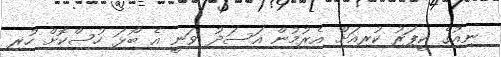
ނިއުގެ ކީޕަރު ކުރިއަށް އެރުމުން އަސަދު ވަނީ އެ ބޯޅަ ހުސްކޮށް ހުރި